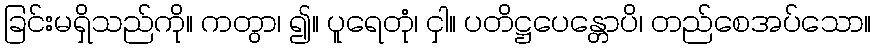
ခြင်းမရှိသည်ကို။ ကတွာ၊ ၍။ ပူရေတုံ၊ ငှါ။ ပတိဋ္ဌပေန္တောပိ၊ တည်စေအပ်သော။